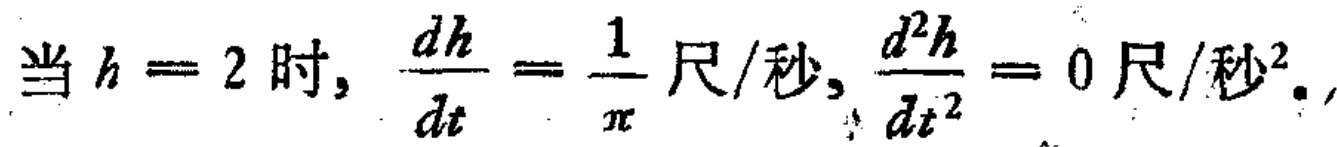
当 \(h = 2\) 时, \(\frac{dh}{dt}=\frac{1}{\pi}\) 尺/秒, \(\frac{d^{2}h}{dt^{2}} = 0\) 尺/秒².